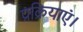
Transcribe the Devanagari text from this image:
प्रक्रियाएं।